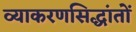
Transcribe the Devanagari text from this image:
व्याकरणसिद्धांतों